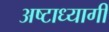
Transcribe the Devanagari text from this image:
अष्टाध्यागी